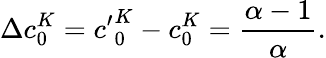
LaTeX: \Delta c_{0}^{K}={c^{\prime}}_{0}^{K}-c_{0}^{K}=\frac{\alpha-1}{\alpha}.